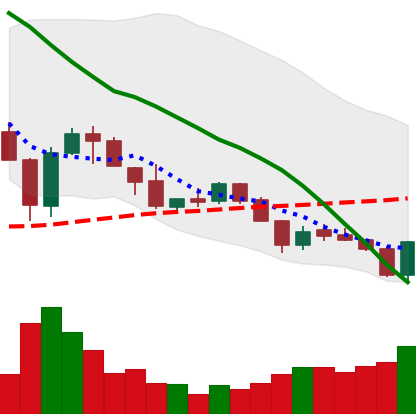
Ticker: XLM-USD
Chart end date: 2018-05-29
Forward return: 7.095%
Label: up_7plus